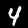
Label: 4